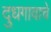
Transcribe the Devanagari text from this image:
दुधगावाचे